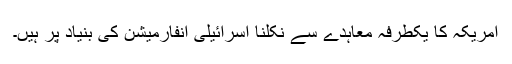
امریکہ کا یکطرفہ معاہدے سے نکلنا اسرائیلی انفارمیشن کی بنیاد پر ہیں۔